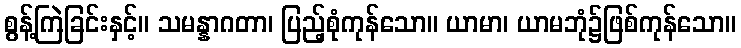
စွန့်ကြဲခြင်းနှင့်။ သမန္နာဂတာ၊ ပြည့်စုံကုန်သော။ ယာမာ၊ ယာမဘုံ၌ဖြစ်ကုန်သော။